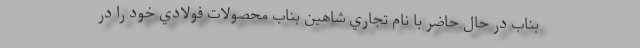
بناب در حال حاضر با نام تجاري شاهين بناب محصولات فولادي خود را در